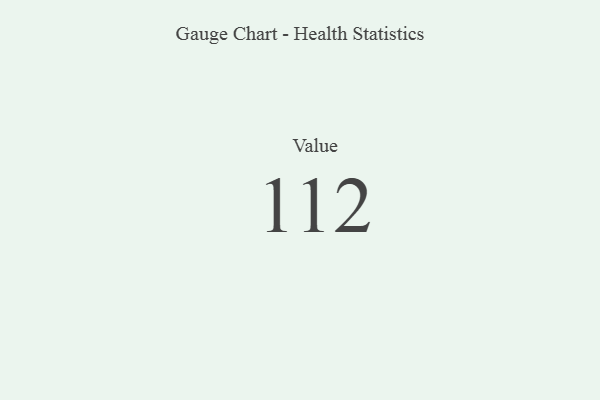
{"axis": {"x": "Metric", "y": "Value"}, "legend": [""], "data": [{"x": "Value", "y": 112, "type": ""}]}